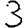
Digit: 3